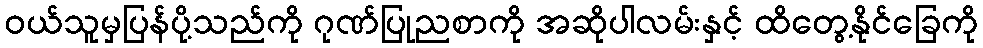
ဝယ်သူမှပြန်ပို့သည်ကို ဂုဏ်ပြုညစာကို အဆိုပါလမ်းနှင့် ထိတွေ့နိုင်ခြေကို